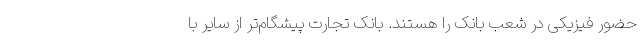
حضور فیزیکی در شعب بانک را هستند. بانک تجارت پیشگام‌تر از سایر با